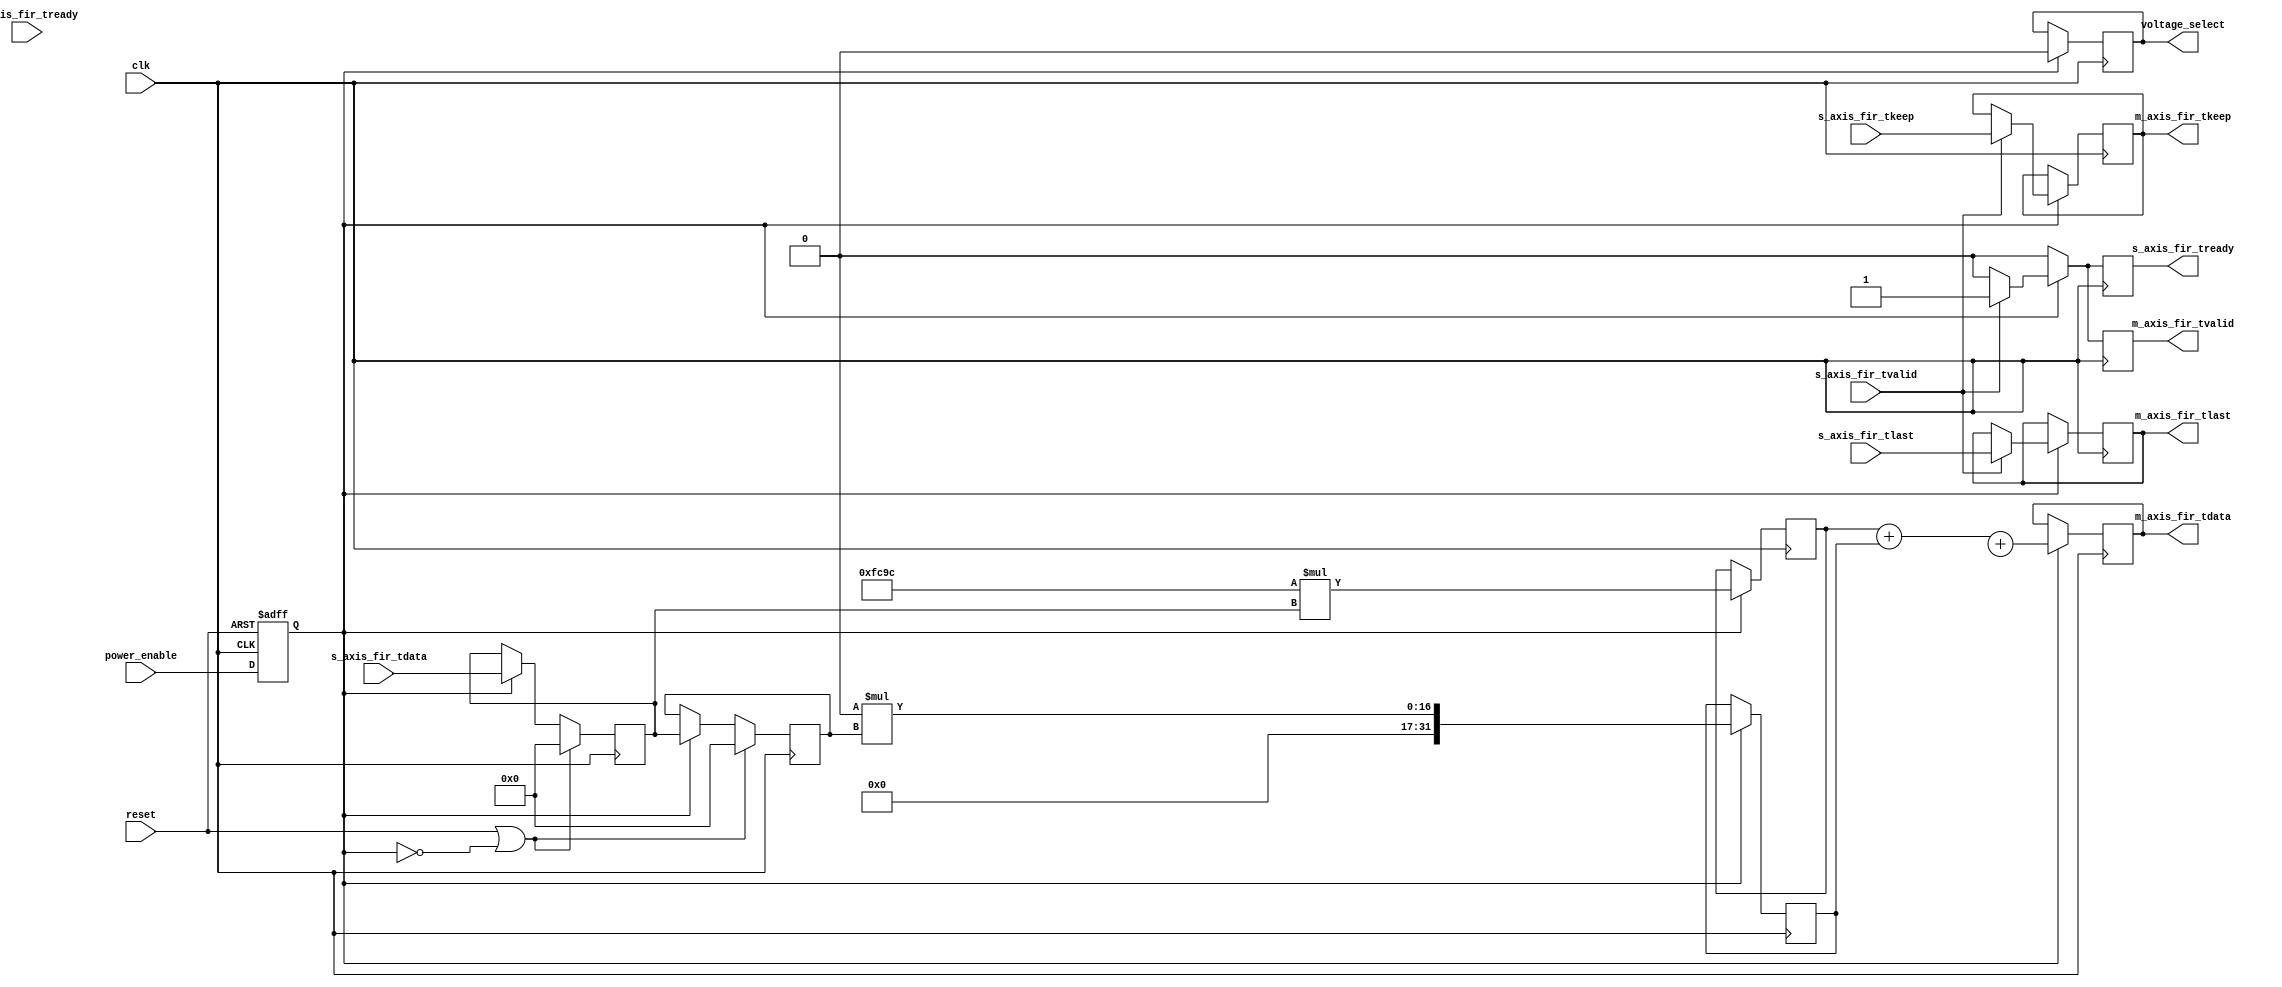
module pg_15tap( 
    input clk,
    input reset,
    input signed [15:0] s_axis_fir_tdata, 
    input [3:0] s_axis_fir_tkeep,
    input s_axis_fir_tlast,
    input s_axis_fir_tvalid,
    input m_axis_fir_tready,
    output reg m_axis_fir_tvalid,
    output reg s_axis_fir_tready,
    output reg m_axis_fir_tlast,
    output reg [3:0] m_axis_fir_tkeep,
    output reg signed [31:0] m_axis_fir_tdata,
    output reg voltage_select,
    input power_enable 
);

    // Register and wire declarations
    reg [15:0] buff[14:0];
    wire signed [15:0] tap[14:0];
    reg signed [31:0] acc[14:0];
    reg [1:0] performance_level = 2'b00;  // 00: Low, 01: Medium, 10: High, 11: Max

// Voltage definitions
parameter LOW_VOLTAGE = 1'b0;       // Define your actual voltage values or levels here.
parameter MEDIUM_VOLTAGE = 1'b1;    // Placeholder values for demonstration.
parameter HIGH_VOLTAGE = 1'b0;      // You can adjust these based on your application.
parameter MAX_VOLTAGE = 1'b1;

    assign tap[0] = 16'hFC9C;
    assign tap[1] = 16'h0000;
    assign tap[2] = 16'h05A5;
    //... (continue for all taps)

    reg logic_enabled;

    always @(posedge clk or posedge reset) begin
        if (reset)
            logic_enabled <= 1'b0;
        else
            logic_enabled <= power_enable;
    end

    always @(posedge clk) begin
        if (reset || !logic_enabled) begin
            buff[0] <= 0; 
            buff[1] <= 0; 
            //... (initialize all buffers to 0)
        end else if(logic_enabled) begin
            buff[0] <= s_axis_fir_tdata;
            buff[1] <= buff[0];
            //... (and so on for all buffers)
        end
    end

    always @(posedge clk) begin
        if(logic_enabled) begin
            acc[0] <= tap[0] * buff[0];
            acc[1] <= tap[1] * buff[1];
            // ... (rest of your accumulator logic)
        end
    end

    always @(posedge clk) begin
        if(logic_enabled) begin
            m_axis_fir_tdata <= acc[0] + acc[1] + acc[2] ; //... (and so on for all accumulators)
        end
    end 

    // Handling output and other logic
    always @(posedge clk) begin
        if(logic_enabled) begin
            if(s_axis_fir_tvalid) begin
                s_axis_fir_tready <= 1;
                m_axis_fir_tvalid <= 1;
                m_axis_fir_tlast <= s_axis_fir_tlast;
                m_axis_fir_tkeep <= s_axis_fir_tkeep;
            end else begin
                s_axis_fir_tready <= 0;
                m_axis_fir_tvalid <= 0;
            end
        end else begin
            s_axis_fir_tready <= 0;
            m_axis_fir_tvalid <= 0;
        end
    end

    // Voltage select logic based on performance level (as an example, details need to be filled)
    always @(posedge clk) begin
        if(logic_enabled) begin
            // Example voltage selection logic
            case(performance_level)
                2'b00: voltage_select <= LOW_VOLTAGE;
                2'b01: voltage_select <= MEDIUM_VOLTAGE;
                2'b10: voltage_select <= HIGH_VOLTAGE;
                2'b11: voltage_select <= MAX_VOLTAGE;
                default: voltage_select <= LOW_VOLTAGE;
            endcase
        end
    end

endmodule